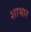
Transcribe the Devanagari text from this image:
शाभार